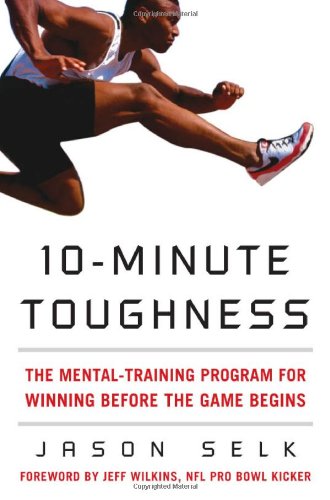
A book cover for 10-Minute Toughness: The Mental Training Program for Winning Before the Game Begins; Jason Selk; Reference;